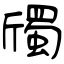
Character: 斶